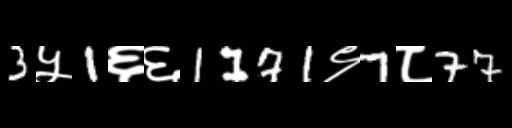
Text: 3५1६६1171९7८77